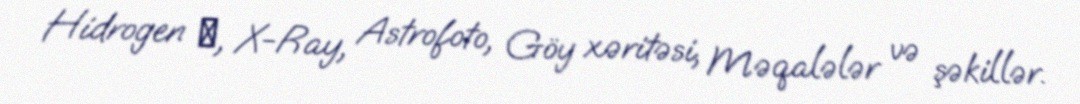
Hidrogen α, X-Ray, Astrofoto, Göy xəritəsi, Məqalələr və şəkillər.